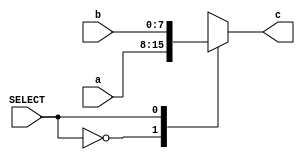
`timescale  1ns/100ps

module mux2(a,b,SELECT,c);

//input definitions 
input [7:0] a,b;
input SELECT;

//output definitions 
output reg[7:0] c;

always @(a,b,SELECT)           //case statement
begin
    case(SELECT)
            1'b0      : c = a ;  //a
            1'b1      : c = b ;  //b
          
    endcase
end

endmodule